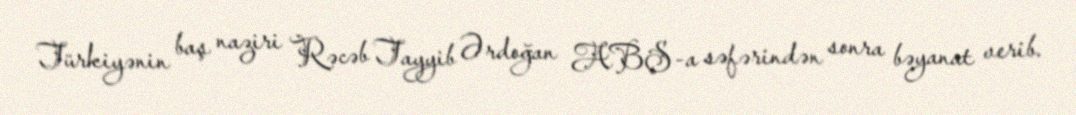
Türkiyənin baş naziri Rəcəb Tayyib Ərdoğan ABŞ-a səfərindən sonra bəyanat verib.